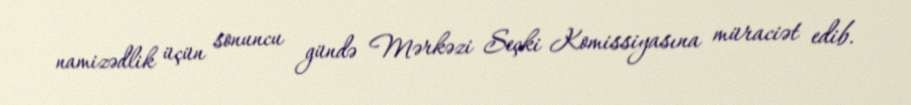
namizədlik üçün sonuncu gündə Mərkəzi Seçki Komissiyasına müraciət edib.